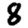
Digit: 8